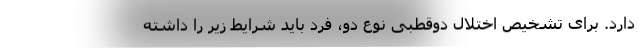
دارد. برای تشخیص اختلال دوقطبی نوع دو، فرد باید شرایط زیر را داشته